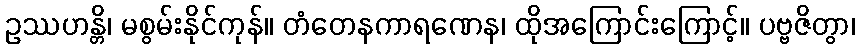
ဥဿဟန္တိ၊ မစွမ်းနိုင်ကုန်။ တံတေနကာရဏေန၊ ထိုအကြောင်းကြောင့်။ ပဗ္ဗဇိတွာ၊